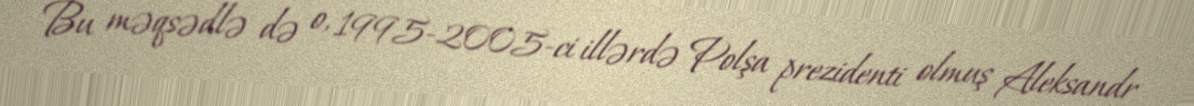
Bu məqsədlə də o, 1995-2005-ci illərdə Polşa prezidenti olmuş Aleksandr